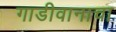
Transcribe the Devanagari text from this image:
गाडीवानाचा